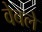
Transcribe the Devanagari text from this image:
वेबले